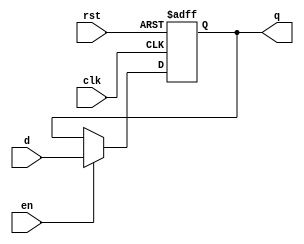
module flip_flop_en #(parameter n = 32) (
input wire clk,
input wire rst,
input wire en,
input wire [n-1:0] d,
output reg [n-1:0] q
);

always@(posedge clk or posedge rst)
begin
  if(rst)
    begin
      q <= 0 ;
    end
  else if(en)
    begin
      q <= d ; 
    end
end

endmodule